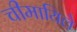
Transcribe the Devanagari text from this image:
चीमायिले